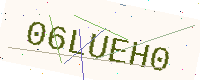
Text: 06LUEH0